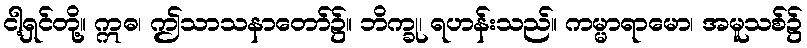
ငါ့ရှင်တို့။ ဣဓ၊ ဤသာသနာတော်၌။ ဘိက္ခု၊ ရဟန်းသည်။ ကမ္မာရာမော၊ အမူသစ်၌